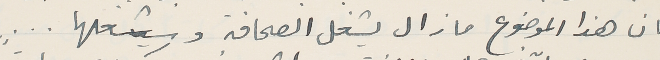
بان هذا الموضوع ما زال يشغل الصحافة وسيشغلها ...